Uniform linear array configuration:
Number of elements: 24
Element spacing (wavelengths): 0.5
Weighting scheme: hamming
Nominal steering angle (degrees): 15
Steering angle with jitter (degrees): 14.936
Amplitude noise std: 0.05
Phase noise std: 0.05

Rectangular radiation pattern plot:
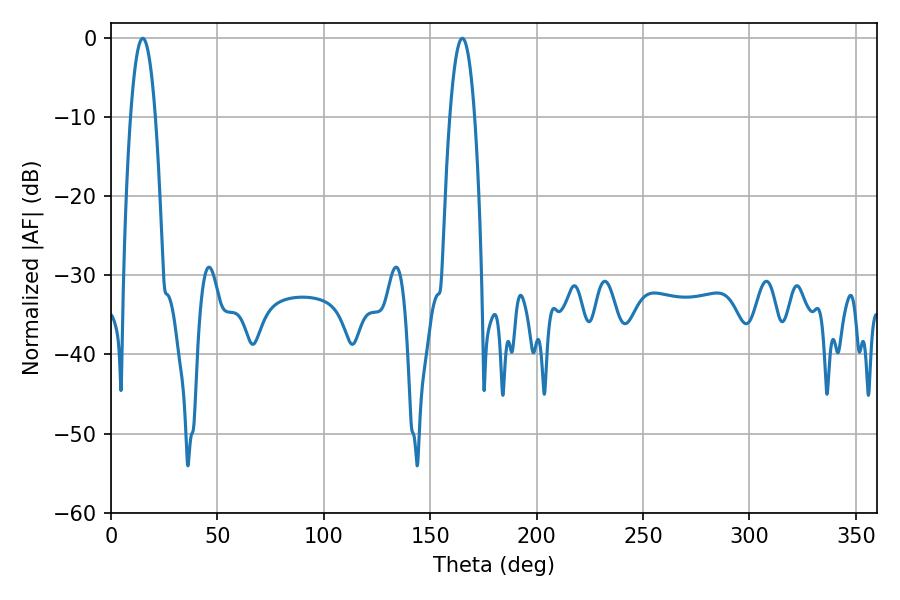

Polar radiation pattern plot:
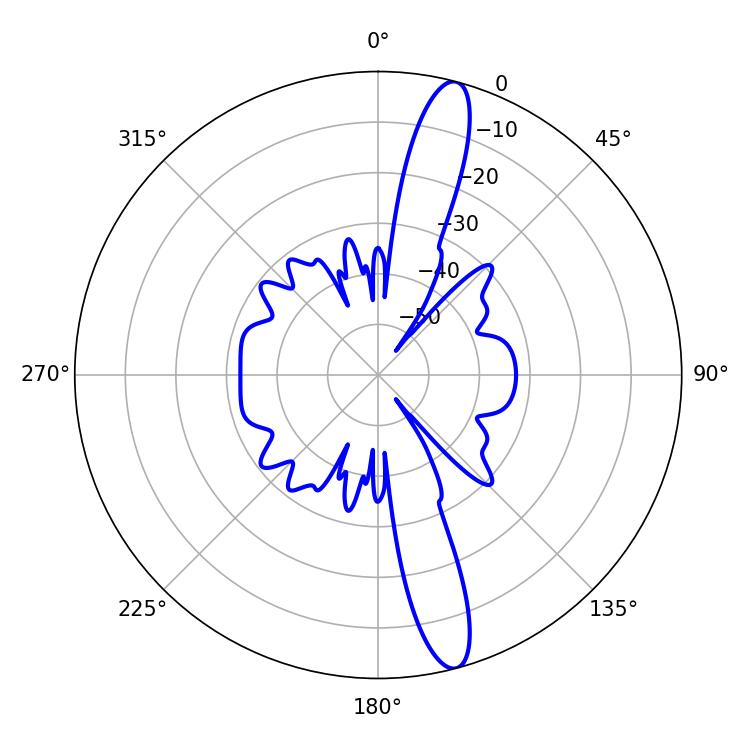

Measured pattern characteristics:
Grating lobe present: FALSE
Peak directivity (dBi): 15.067
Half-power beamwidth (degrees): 6.48
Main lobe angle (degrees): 14.94